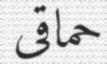
حماقى